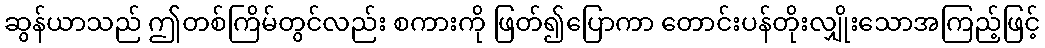
ဆွန်ယာသည် ဤတစ်ကြိမ်တွင်လည်း စကားကို ဖြတ်၍ပြောကာ တောင်းပန်တိုးလျှိုးသောအကြည့်ဖြင့်